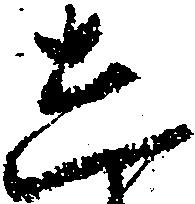
し